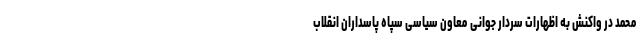
محمد در واکنش به اظهارات سردار جوانی معاون سیاسی سپاه پاسداران انقلاب